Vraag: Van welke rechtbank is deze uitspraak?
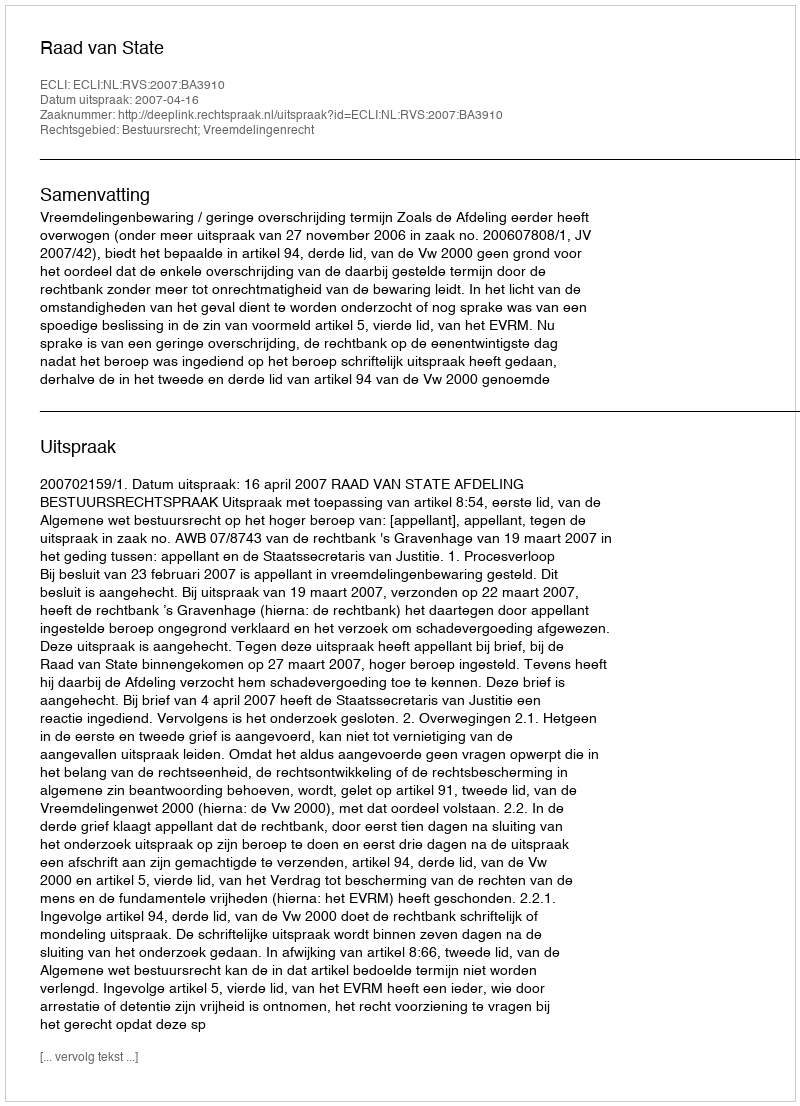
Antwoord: Raad van State